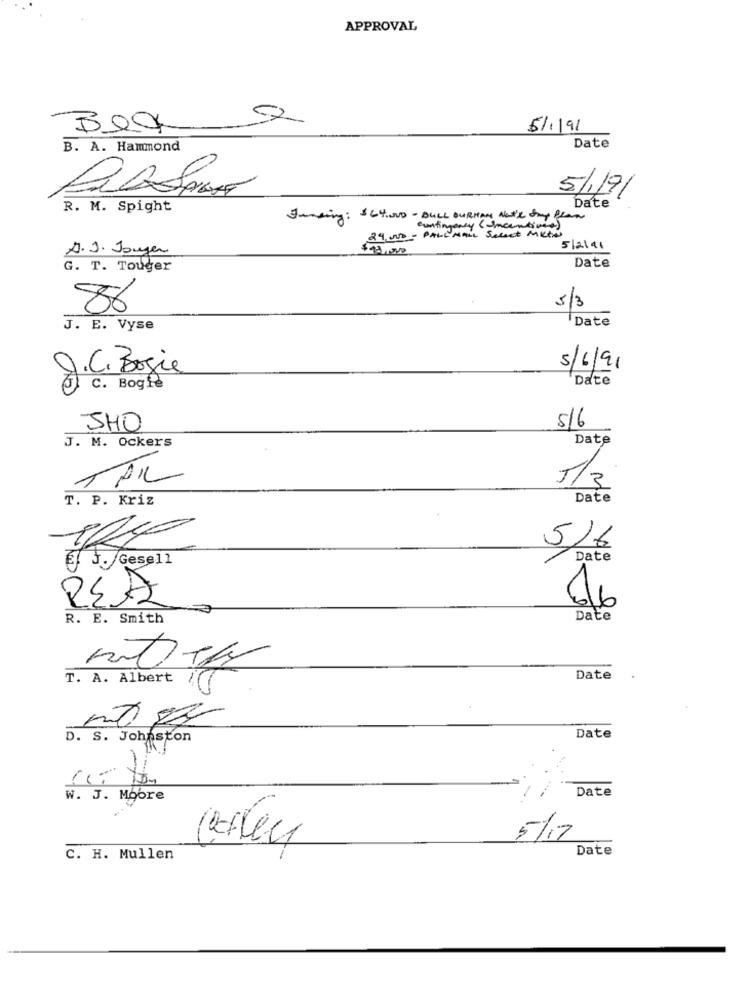
APPROVAL
52
Bex
51.191
B. A. Hammond
Date
5/1/9/
R. M. Spight
Date
Juneing : $ 64.000 - DULL BURHAN NOTe my Plan
contingency ( Incentives)
29,000 - PALL MALL Select MILAN
A. J. Touger
$15,000
512141
Date
G. T. Touger
88
5/3
Date
J. E. Vyse
J.C. Bogie
5/6/91
Date
C. Bogie
SHO
5/6
J. M. Ockers
Date
TPI
1/3
T. P. Kriz
Date
5/6
Date
@. J. Gesell
REA
R. E. Smith
Date
T. A. Albert (
Date
D. S. Johnston
Date
Date
W. J. Moore
5/17
Date
C. H. Mullen